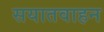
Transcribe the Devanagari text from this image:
सयातवाहन